King Institute of Preventive Medicine Micro-Biological Section reports 1912-19
Year: 1912
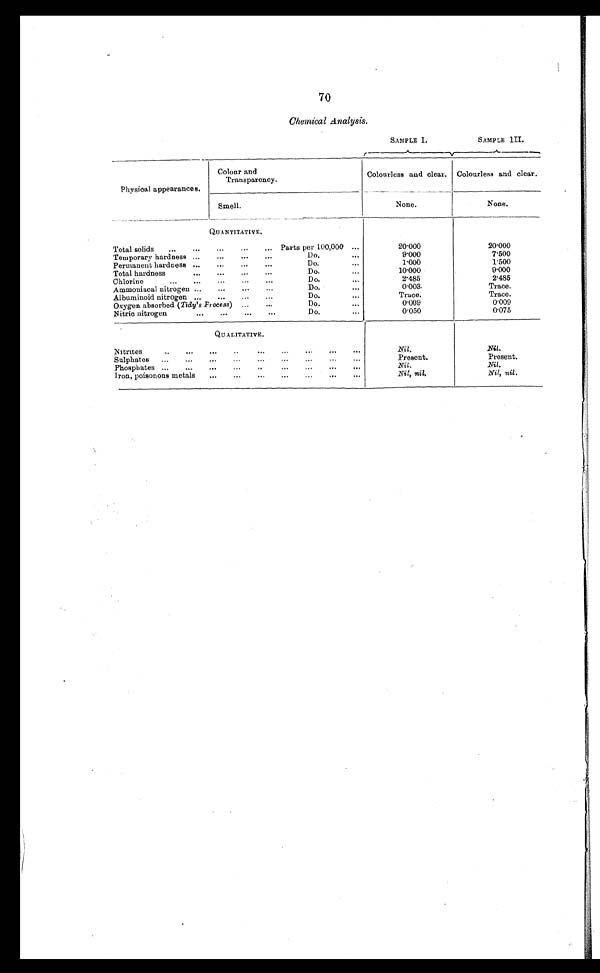
Chemical Analysis.
SAMPLE I.
SAMPLE III.
Physical appearances.
Colour and
Transparency.
Colourless and clear.
Colourless and clear.
Smell.
None.
None.
QUANTITATIVE.
Total solids
...
...
...
...
... Parts per 100,000 ...
20.000
20.000
Temporary hardness ...
...
...
...
Do.
...
9.000
7'500
Permanent hardness ...
...
...
...
Do.
...
1.000
1'500
Total hardness
...
...
...
...
Do.
...
10'000
9.000
Chlorine ... ...
...
. . .
. . .
Do.
...
2'485
2.485
Ammouiacal nitrogen ...
...
...
...
Do. •
...
0 . 0 0 3 .
Trace.
Albuminoid nitrogen ...
...
...
...
Do.
...
Trace.
Trace.
Oxygen absorbed (Tidy' s Process) ...
...
Do.
...
0'009
0'009
Nitric nitrogen
...
. . .
. . .
. . .
Do.
...
0'050
0'075
QUALITATIVE.
Nitrites
..
...
...
..
...
...
...
...
...
Nil.
Nil.
Sulphates
...
...
...
...
...
...
...
...
...
Present.
Present.
Phosphates ...
...
...
...
...
...
. . . ...
. . .
Nil.
Nil.
Iron, poisonous metals
...
...
...
...
. . .
...
...
Nil, nil.
Nil, nil.